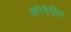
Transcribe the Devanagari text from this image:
आमेनोरहिया